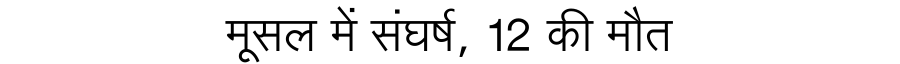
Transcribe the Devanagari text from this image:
मूसल में संघर्ष, 12 की मौत